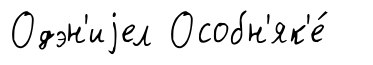
Одэн'иjел Особн'як'е́